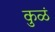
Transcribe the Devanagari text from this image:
कुळं